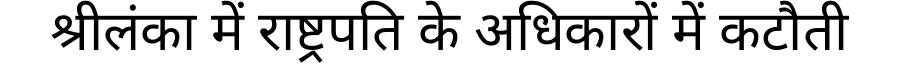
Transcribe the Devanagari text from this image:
श्रीलंका में राष्ट्रपति के अधिकारों में कटौती